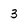
Character: 3